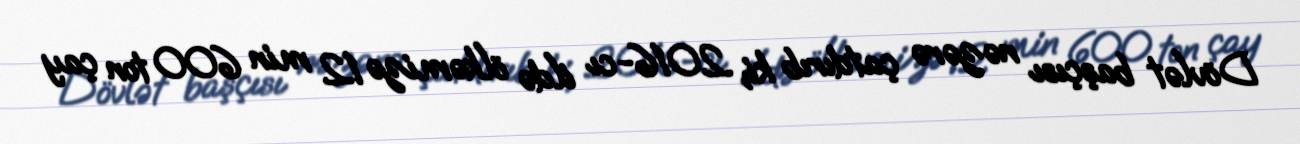
Dövlət başçısı nəzərə çatdırıb ki, 2016-cı ildə ölkəmizə 12 min 600 ton çay